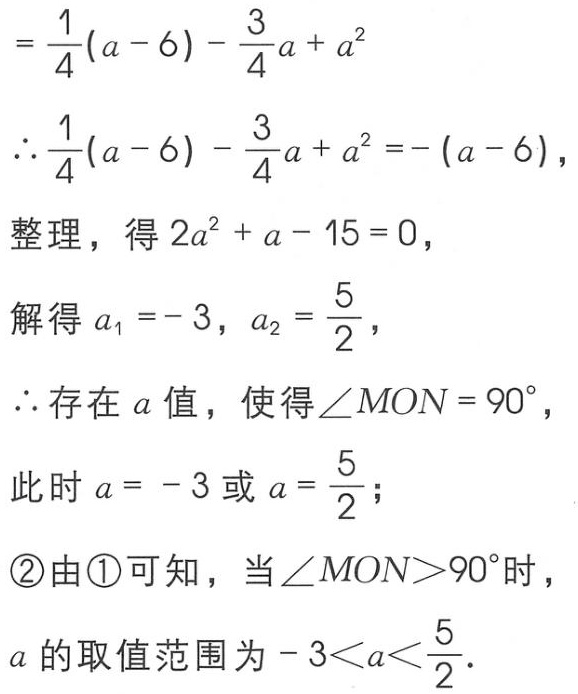
\[
\begin{align*}
&=\frac{1}{4}(a - 6)-\frac{3}{4}a + a^{2}\\
\therefore&\frac{1}{4}(a - 6)-\frac{3}{4}a + a^{2}=-(a - 6)，\\
&整理，得2a^{2}+a - 15 = 0，\\
&解得a_{1}=-3，a_{2}=\frac{5}{2}，\\
\therefore&存在a值，使得\angle MON = 90^{\circ}，\\
&此时a=-3或a=\frac{5}{2}；\\
&\textcircled{2}由\textcircled{1}可知，当\angle MON>90^{\circ}时，\\
&a的取值范围为-3 < a<\frac{5}{2}．
\end{align*}
\]